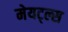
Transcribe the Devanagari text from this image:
मेयट्ल्स